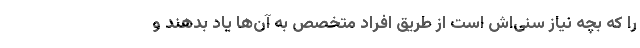
را که بچه نیاز سنی‌اش است از طریق افراد متخصص به آن‌ها یاد بدهند و